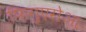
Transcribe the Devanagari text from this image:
फ़िगुएरोआ